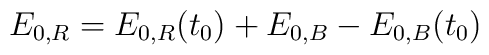
E_{0,R}=E_{0,R}(t_0)+E_{0,B}-E_{0,B}(t_0)